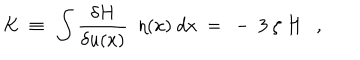
LaTeX: K \ \equiv \ \int \frac { \delta H } { \delta u ( x ) } \ \ \eta ( x ) \ d x \ = \ - \ 3 \ \zeta \ H \ \ \ ,